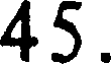
45.